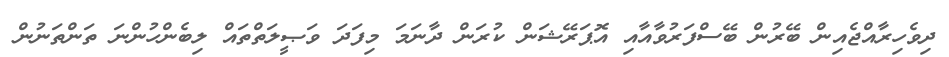
ދިވެހިރާއްޖެއިން ބޭރުން ބޭސްފަރުވާއާއި އޮޕަރޭޝަން ކުރަން ދާނަމަ މިފަދަ ވަޞީލަތްތައް ލިބެންހުންނަ ތަންތަނުން